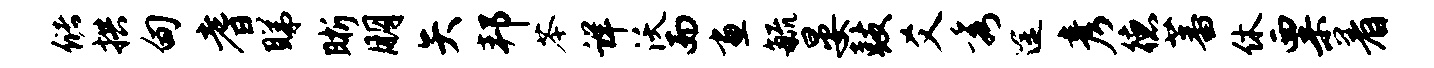
储拱甸耆睇晰朋矢邦苓详沃而画毓晏鼓爻秀途彦德蕃休粟着